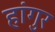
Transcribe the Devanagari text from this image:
हांगुर